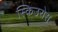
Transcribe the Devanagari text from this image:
स्किउरोस